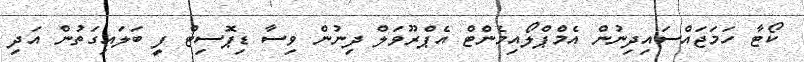
ކޯޓާ ހަމަޖައްސައިދިނުން އެމްޕްލޯއިމެންޓް އެޕްރޫވަލް ދިނުން ވިސާ ޑިޕޮސިޓް ފީ ބަލައިގަތުން އަދި